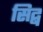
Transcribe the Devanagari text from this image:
सिद्ब